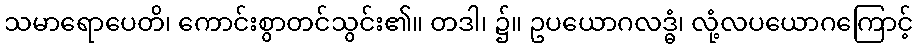
သမာရောပေတိ၊ ကောင်းစွာတင်သွင်း၏။ တဒါ၊ ၌။ ဥပယောဂလဒ္ဓံ၊ လုံ့လပယောဂကြောင့်